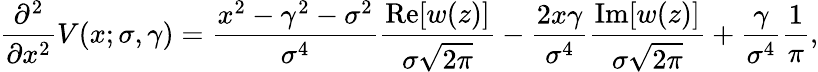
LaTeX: {\frac{\partial^{2}}{\partial x^{2}}}V(x;\sigma,\gamma)={\frac{x^{2}-\gamma^{2}-\sigma^{2}}{\sigma^{4}}}{\frac{\operatorname{Re}[w(z)]}{\sigma{\sqrt{2\pi}}}}-{\frac{2x\gamma}{\sigma^{4}}}{\frac{\operatorname{Im}[w(z)]}{\sigma{\sqrt{2\pi}}}}+{\frac{\gamma}{\sigma^{4}}}{\frac{1}{\pi}},